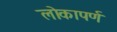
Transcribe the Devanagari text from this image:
लोकापर्ण